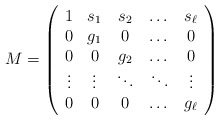
\begin{align*}M=\left (\begin{array}{ccccc}1 & s_1 & s_2 & \dots & s_\ell\\0 & g_1 & 0 & \dots & 0 \\0 & 0 & g_2 & \dots & 0 \\\vdots & \vdots & \ddots & \ddots&\vdots \\0 & 0 & 0 & \dots & g_\ell \\\end{array}\right)\end{align*}